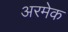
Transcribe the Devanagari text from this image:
अरमेक